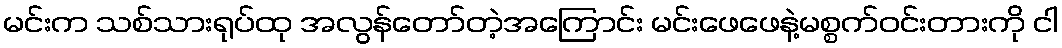
မင်းက သစ်သားရုပ်ထု အလွန်တော်တဲ့အကြောင်း မင်းဖေဖေနဲ့မစ္စက်ဝင်းတားကို ငါ